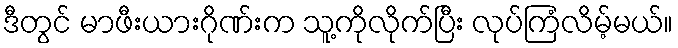
ဒီတွင် မာဖီးယားဂိုဏ်းက သူ့ကိုလိုက်ပြီး လုပ်ကြံလိမ့်မယ်။